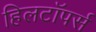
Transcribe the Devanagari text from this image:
हिलटॉपर्स